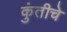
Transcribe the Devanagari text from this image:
कुंतीचे